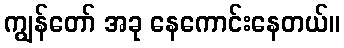
ကျွန်တော် အခု နေကောင်းနေတယ်။